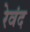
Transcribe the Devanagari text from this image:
रेवंद